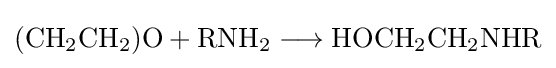
{(\mathrm {CH} {\vphantom {A}}_{\smash[{t}]{2}}\mathrm {CH} {\vphantom {A}}_{\smash[{t}]{2}})\mathrm {O} {}+{}\mathrm {RNH} {\vphantom {A}}_{\smash[{t}]{2}}{}\mathrel {\longrightarrow } {}\mathrm {HOCH} {\vphantom {A}}_{\smash[{t}]{2}}\mathrm {CH} {\vphantom {A}}_{\smash[{t}]{2}}\mathrm {NHR} }